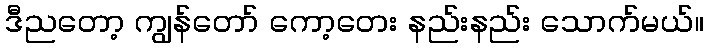
ဒီညတော့ ကျွန်တော် ကော့တေး နည်းနည်း သောက်မယ်။